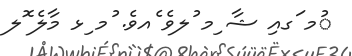
ުމ ަގއި ޝާ ިމ ުލވެ ެއވެ. ުމ ިޅ މާލެ ޮލ